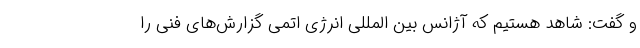
و گفت: شاهد هستیم که آژانس بین المللی انرژی اتمی گزارش‌های فنی را